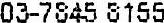
03-7845 8155